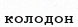
колодон